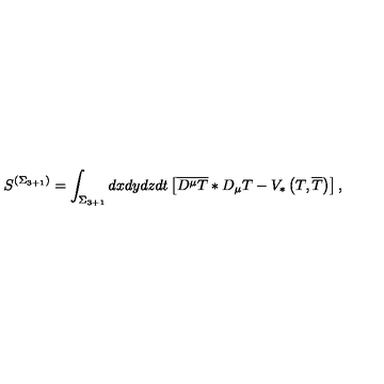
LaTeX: S ^ { \left( \Sigma _ { 3 + 1 } \right) } = \int _ { \Sigma _ { 3 + 1 } } d x d y d z d t \left[ \overline { { D ^ { \mu } T } } * D _ { \mu } T - V _ { * } \left( T , \overline { { T } } \right) \right] ,